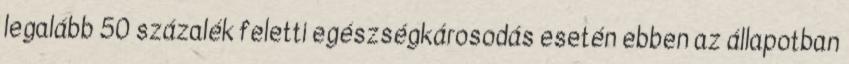
legalább 50 százalék feletti egészségkárosodás esetén ebben az állapotban